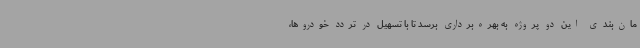
مان‌بندی این دو پروژه به بهره‌برداری برسد تا با تسهیل در تردد خودروها،